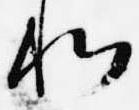
利